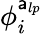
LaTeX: \phi_{i}^{\mathsf{a}_{lp}}